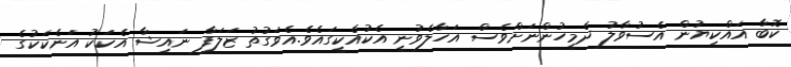
ކޮބާ އައްކިޔުން އެސުވާލު ދެމީހުންނަށްވެސް އަހާލެވުނީ އެކުއެކީގައެވެ.އެވަގުތު ޒަލަފާ ނައިޝާ އެކަކު އަނެކަކުގެ